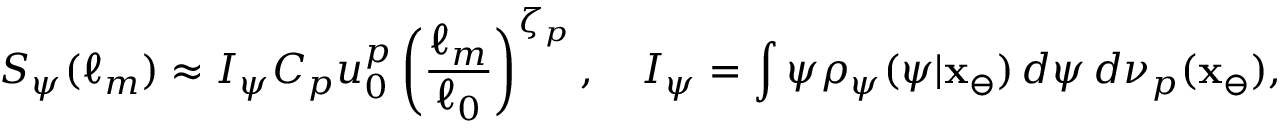
S _ { \psi } ( \ell _ { m } ) \approx I _ { \psi } C _ { p } u _ { 0 } ^ { p } \left( \frac { \ell _ { m } } { \ell _ { 0 } } \right) ^ { \zeta _ { p } } , \quad I _ { \psi } = \int \psi \rho _ { \psi } ( \psi | \mathbf { x } _ { \ominus } ) \, d \psi \, d \nu _ { p } ( \mathbf { x } _ { \ominus } ) ,